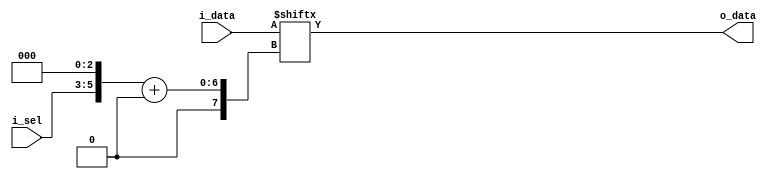
`timescale 1ns / 1ps
//////////////////////////////////////////////////////////////////////////////////
// Company: 
// Engineer: 
// 
// Design Name: 
// Module Name: test
// Project Name: 
// Target Devices: 
// Tool Versions: 
// Description: 
// 
// Dependencies: 
// 
// Revision:
// Revision 0.01 - File Created
// Additional Comments:
// 
//////////////////////////////////////////////////////////////////////////////////


module test
#(
	parameter N	= 8,
	parameter M	= 8
)
(
	input	[N*M-1:0]	i_data,
	input	[log2(N)-1:0]	i_sel,
	output reg	[M-1:0]	o_data
);
wire [log2(N)*log2(N)-1:0] ojbk;
assign ojbk = i_sel << log2(N);
//assign o_data = i_data[ojbk+:M];
//wire [1:0]log_result = log2(N);
//assign o_data = i_data[7:0];

// function integer clogb2 (input integer depth);
// 	begin
// 		for(clogb2=0; depth>0; clogb2=clogb2+1)
// 		depth = depth >> 1;
// 	end
// endfunction
always @ (*)
begin
  o_data = i_data[ojbk+:M];
end

function integer log2;
  input integer value;
  begin
    value = value-1;
    for (log2=0; value>0; log2=log2+1)
      value = value>>1;
  end


endfunction
endmodule